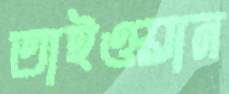
তাইওয়ান